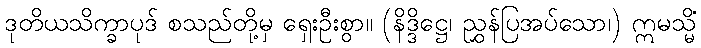
ဒုတိယသိက္ခာပုဒ် စသည်တို့မှ ရှေးဦးစွာ။ (နိဒ္ဒိဋ္ဌေ၊ ညွှန်ပြအပ်သော၊) ဣမသ္မိံ